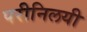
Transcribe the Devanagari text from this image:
परीनिलयी